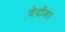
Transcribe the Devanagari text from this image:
वेदोंका